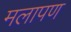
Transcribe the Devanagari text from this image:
मलापण